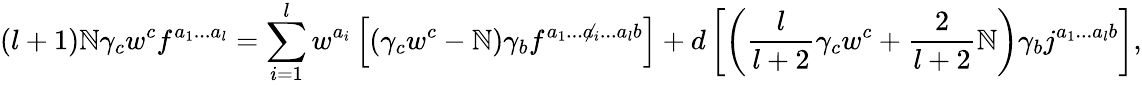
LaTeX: (l+1)\mathbb{N}\gamma_{c}w^{c}f^{a_{1}...a_{l}}=\sum_{i=1}^{l}w^{a_{i}}\left[(\gamma_{c}w^{c}-\mathbb{N})\gamma_{b}f^{a_{1}...{\not{a}_{i}}...a_{l}b}\right]+d\left[\left(\frac{{l}}{{l+2}}\gamma_{c}w^{c}+\frac{{2}}{{l+2}}\mathbb{N}\right)\gamma_{b}j^{a_{1}...a_{l}b}\right],